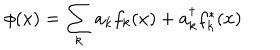
LaTeX: \phi ( x ) = \sum _ { k } a _ { k } f _ { k } ( x ) + a _ { k } ^ { \dagger } f _ { k } ^ { * } ( x )